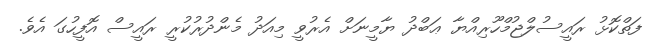
ފަތްކޮޅު ރައީސުލްޖުމްހޫރިއްޔާ ޢަބްދު ޔާމީނަށް އެރުވީ މިއަދު މެންދުރުކުރީ ރައީސް އޮފީހުގަ އެވެ.